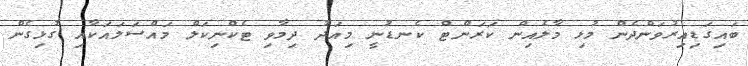
ބައިގަޑިއިރުވަންދެން މުޅި މާލެއިން ކަރަންޓް ކެނޑުނީ މިއަދު ދިމާވި ޓެކްނިކަލް މައްސަލައަކާއި ގުޅިގެން